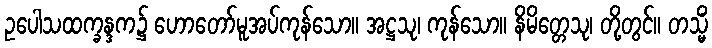
ဥပေါသထက္ခန္ဒက၌ ဟောတော်မူအပ်ကုန်သော။ အဋ္ဌသု၊ ကုန်သော။ နိမိတ္တေသု၊ တို့တွင်။ တသ္မိံ